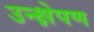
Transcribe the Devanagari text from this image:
उन्क्षेपण